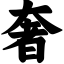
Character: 奢